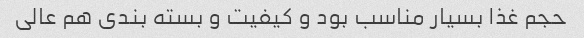
حجم غذا بسیار مناسب بود و کیفیت و بسته بندی هم عالی